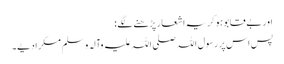
اور بے قابو ہو کر یہ اشعار پڑھنے لگے :
پس اس پر رسول اللہ صلی اللہ علیہ وآلہ وسلم مسکرا دیے۔